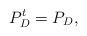
LaTeX: \begin{align*}P_{D}^{t} = P_{D}, \end{align*}